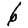
Digit: 6